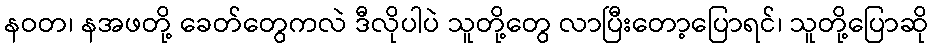
နဝတ၊ နအဖတို့ ခေတ်တွေကလဲ ဒီလိုပါပဲ သူတို့တွေ လာပြီးတော့ပြောရင်၊ သူတို့ပြောဆို